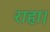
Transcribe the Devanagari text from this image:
राहा।